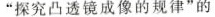
“探究凸透镜成像的规律”的